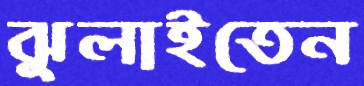
ঝুলাইতেন